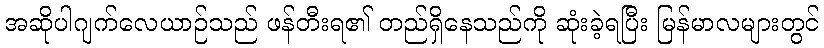
အဆိုပါဂျက်လေယာဉ်သည် ဖန်တီးရ၏ တည်ရှိနေသည်ကို ဆုံးခဲ့ရပြီး မြန်မာလများတွင်